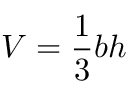
V = { \frac { 1 } { 3 } } b h